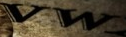
VW